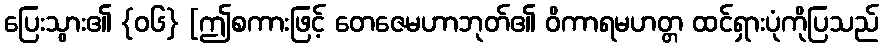
ပြေးသွား၏ {၀၆} [ဤစကားဖြင့် တေဇေမဟာဘုတ်၏ ဝိကာရမဟတ္တ ထင်ရှားပုံကိုပြသည်